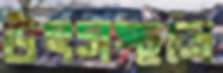
উৎসস্থলে